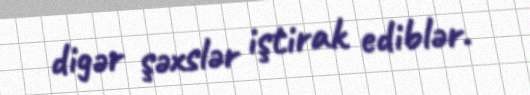
digər şəxslər iştirak ediblər.